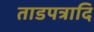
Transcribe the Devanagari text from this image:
ताडपत्रादि